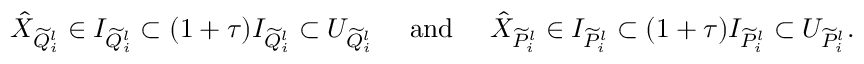
\begin{array} { r } { \hat { X } _ { \widetilde { Q } _ { i } ^ { l } } \in I _ { \widetilde { Q } _ { i } ^ { l } } \subset ( 1 + \tau ) I _ { \widetilde { Q } _ { i } ^ { l } } \subset U _ { \widetilde { Q } _ { i } ^ { l } } \quad \mathrm { ~ a n d ~ } \quad \hat { X } _ { \widetilde { P } _ { i } ^ { l } } \in I _ { \widetilde { P } _ { i } ^ { l } } \subset ( 1 + \tau ) I _ { \widetilde { P } _ { i } ^ { l } } \subset U _ { \widetilde { P } _ { i } ^ { l } } . } \end{array}